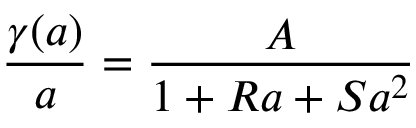
{ \frac { \gamma ( a ) } { a } } = { \frac { A } { 1 + R a + S a ^ { 2 } } }